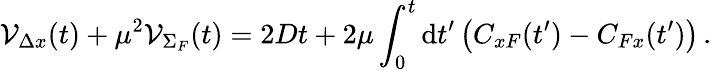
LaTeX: {\cal V}_{\Delta x}(t)+\mu^{2}{\cal V}_{\Sigma_{F}}(t)=2Dt+2\mu\int_{0}^{t}\mathrm{d}t^{\prime}\left(C_{xF}(t^{\prime})-C_{Fx}(t^{\prime})\right)\, .